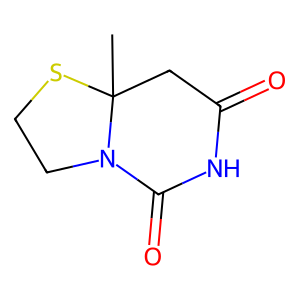
SMILES: CC12CC(=O)NC(=O)N1CCS2
Inhibits HIV replication: Yes